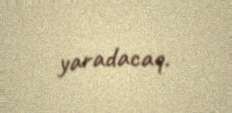
yaradacaq.